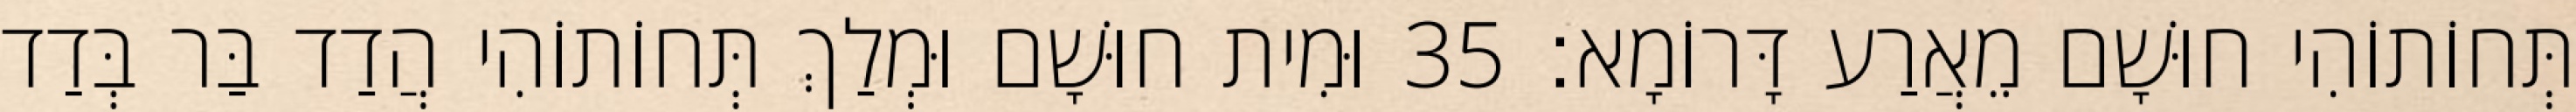
תְּחוֹתוֹהִי חוּשָׁם מֵאֲרַע דָּרוֹמָא׃ 35 וּמִית חוּשָׁם וּמְלַךְ תְּחוֹתוֹהִי הֲדַד בַּר בְּדַד